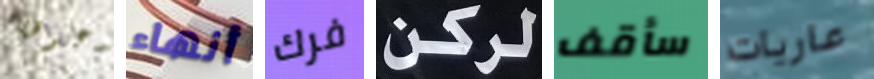
يدعوها أنهاء فرك لركن سأقف عاريات